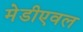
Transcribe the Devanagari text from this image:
मेडीएवल